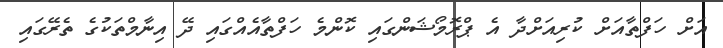
އަށް ހަފްތާއަށް ކުރިއަށްދާ އެ ޕްރޮމޯޝަންގައި ކޮންމެ ހަފްތާއެއްގައި ދޭ އިނާމްތަކުގެ ތެރޭގައި